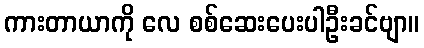
ကားတာယာကို လေ စစ်ဆေးပေးပါဦးခင်ဗျာ။